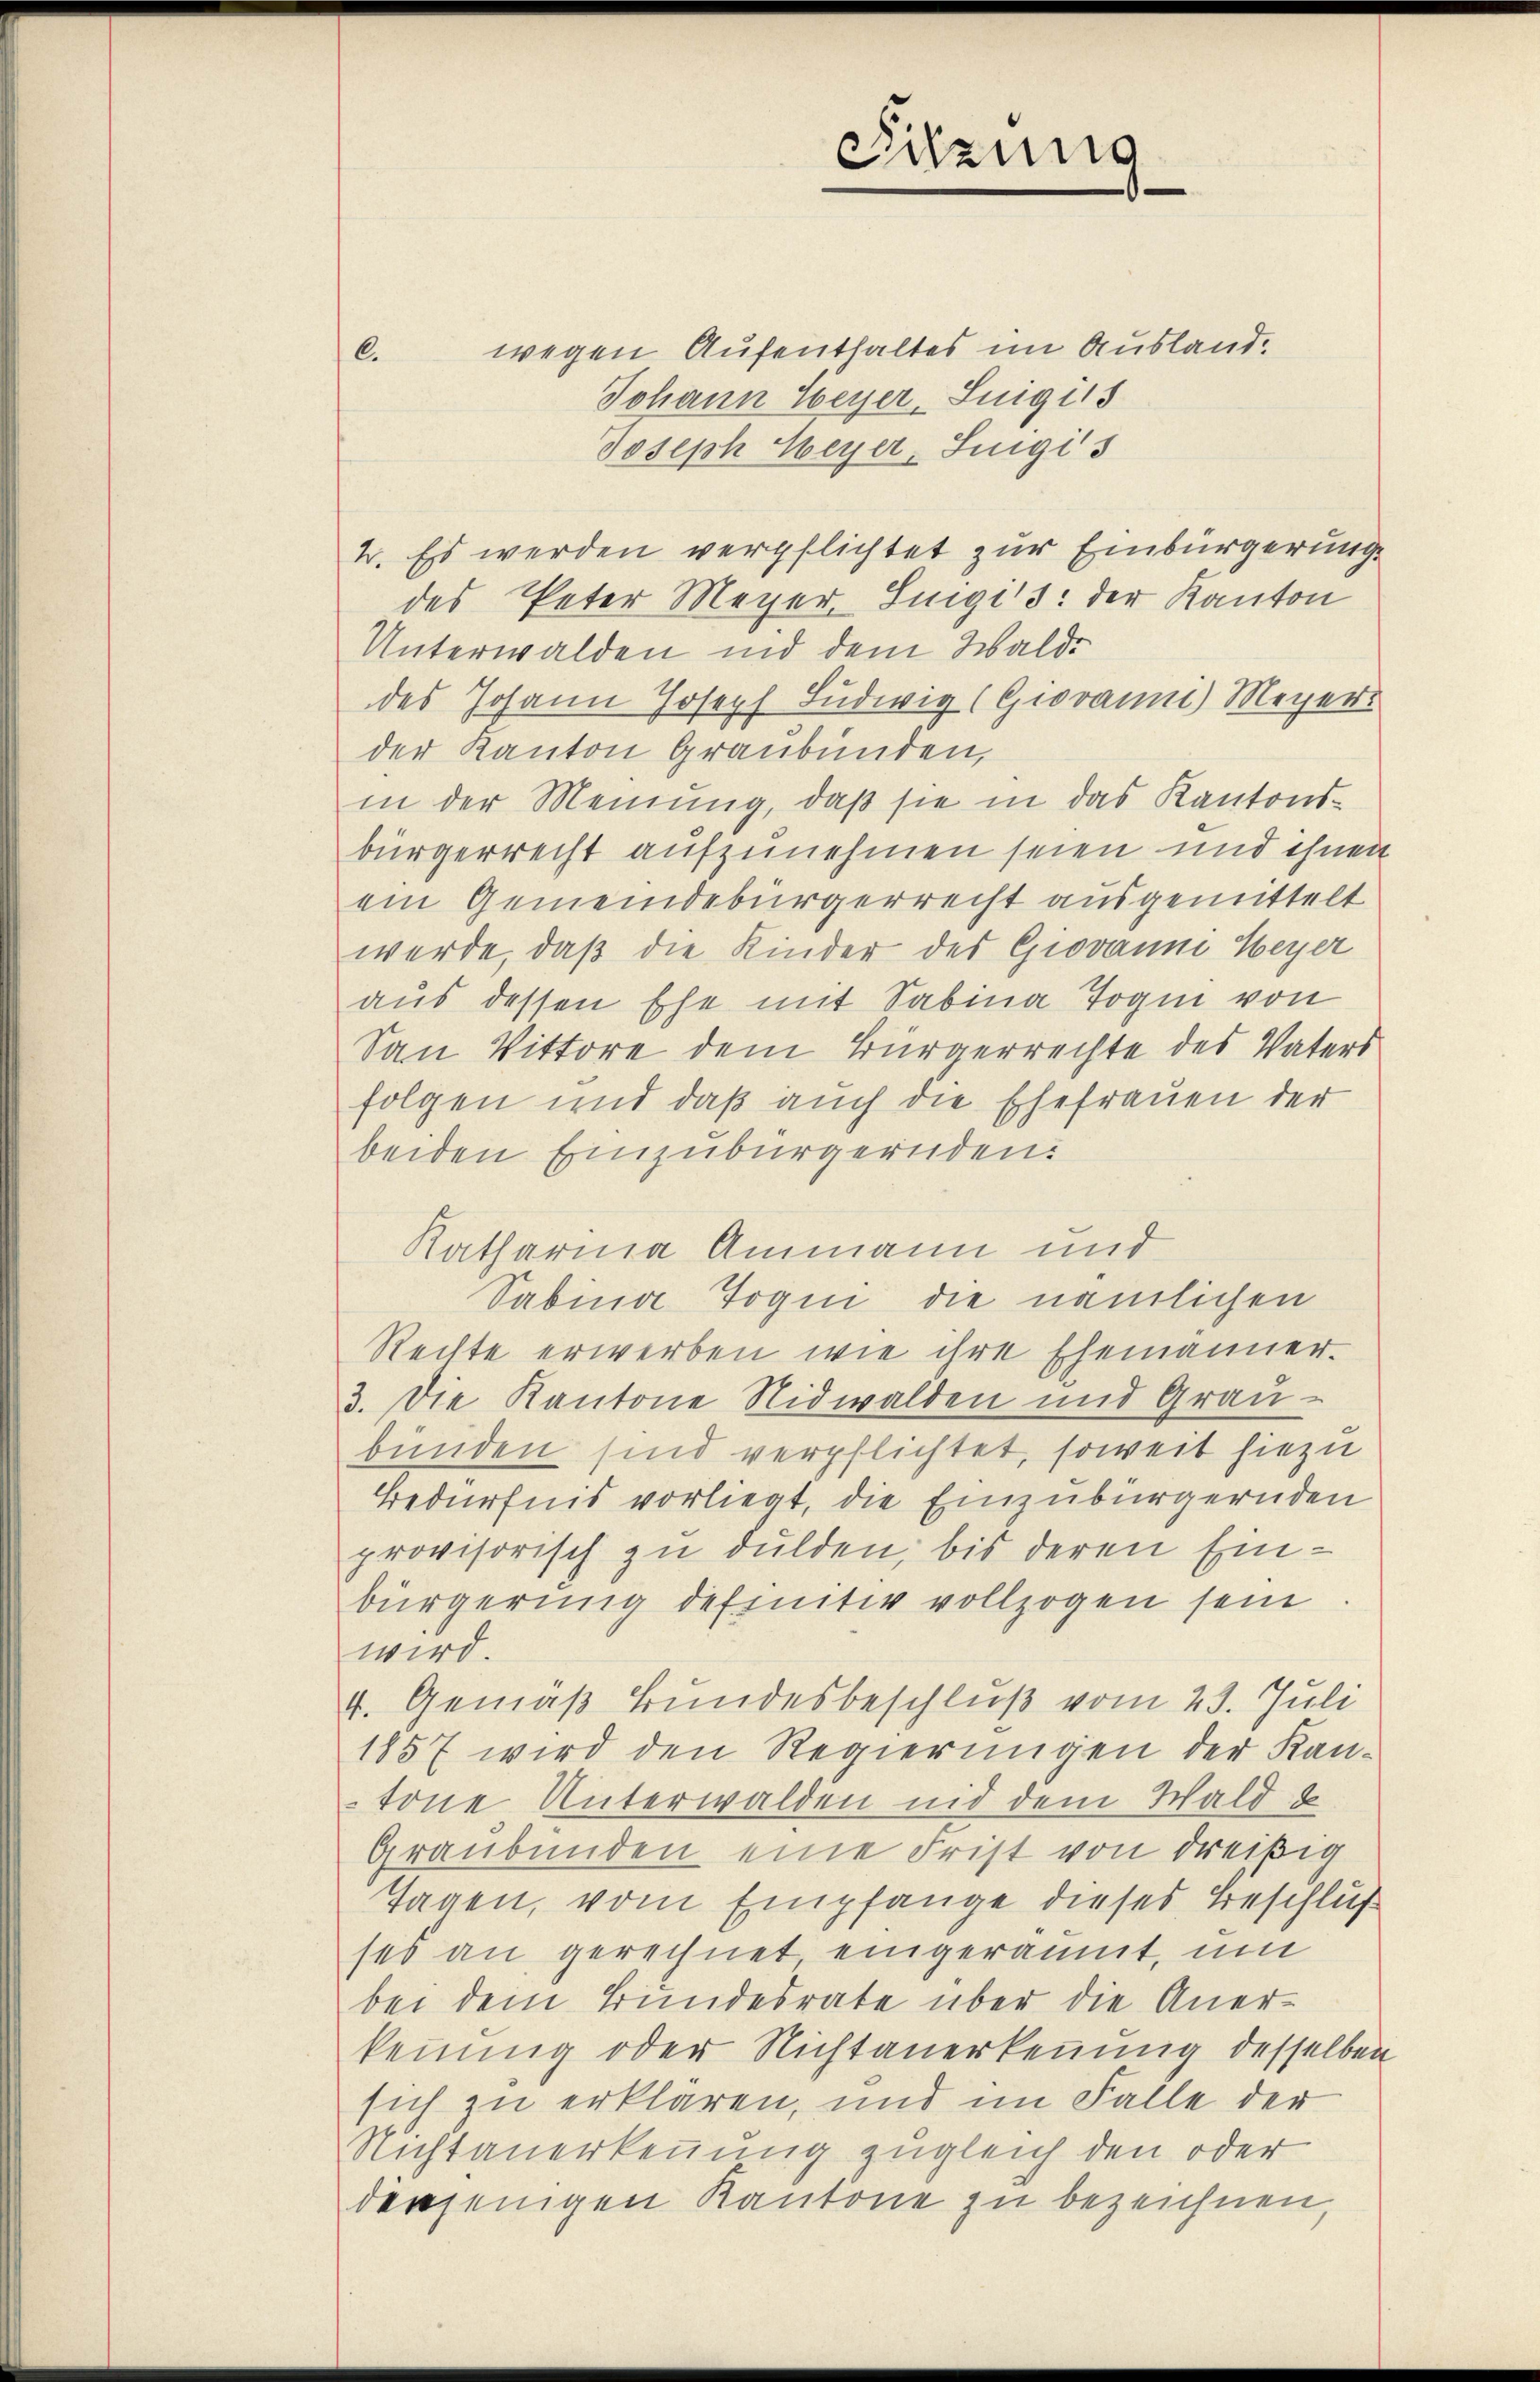
wegen Aufenthaltes im Ausland¬
Johann Weyer, Luigis
Joseph Weyer, Singis
2. Es werden verpflichtet zur Einbürgerung
des Peter Meyer, Sigis: der Kanton
Unterwalden und dem Walde
des Johann Joseph Ludwig (Giovanni) Meyer
der Kanton Graubünden,
in der Meinung, daß sie in das Kantonsbürgerrecht aufzunehmen seien und ihnen
ein Gemeindebürgerrecht ausgemittelt
werde, daß die Kinder des Giovanne Weyer
aus dessen Ehe mit Sabina Togin von
San Vittore dem Bürgerrechte des Vaters
folgen und daß auch die Ehefrauen der
beiden Einzubürgernden.
Katharina Ammann und
Sabina Togin die nämlichen
Rechte erwerben wie ihre Ehemänner.
3. Die Kantone Nidwalden und Graubunden sind verpflichtet, soweit hiezu
Bedürfnis vorliegt, die Einzubürgernden
provisorisch zu dulden, bis deren Einbürgerung definitiv vollzogen sein
wird.
4. Gemäß Bundesbeschluß vom 23. Juli
1857 wird den Regierungen der Kan-
tone Unterwalden nid dem Wald
Graubünden eine Frist von dreißig
Tagen, vom Empfange dieses Beschluß
ses an gerechnet eingeräumt, um
bei dem Bundesrate über die Anerkennung oder Nichtanerkennung desselben
sich zu erklären, und im Falle der
Nichtanerkennung zugleich den oder
denjenigen Kantone zu bezeichnen,

6.

Sitzung